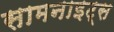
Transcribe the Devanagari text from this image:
सामनाइट्स